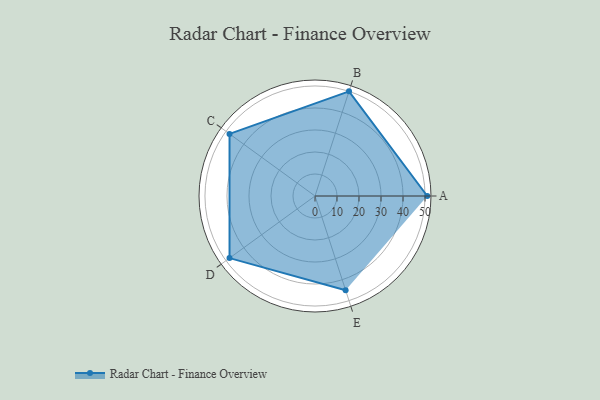
{"axis": {"x": "Skill", "y": "Score"}, "legend": ["Profile"], "data": [{"x": "A", "y": 51.0, "type": "Profile"}, {"x": "B", "y": 50.0, "type": "Profile"}, {"x": "C", "y": 48.0, "type": "Profile"}, {"x": "D", "y": 48.0, "type": "Profile"}, {"x": "E", "y": 45.0, "type": "Profile"}]}